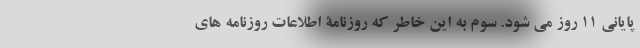
پایانی 11 روز می شود. سوم به این خاطر که روزنامۀ اطلاعات روزنامه های